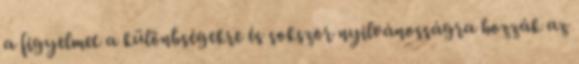
a figyelmet a különbségekre és sokszor nyilvánosságra hozzák az